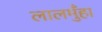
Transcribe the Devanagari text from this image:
लालमुँहा